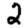
Digit: 2